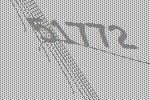
51772